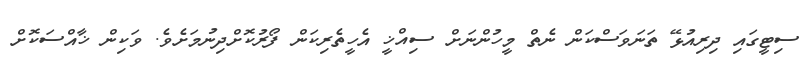
ސިޓީގައި ދިރިއުޅޭ ތަނަވަސްކަން ނެތް މީހުންނަށް ސިއްޚީ އެހީތެރިކަން ފޯރުކޮށްދިނުމަށެވެ. ވަކިން ޚާއްސަކޮށް